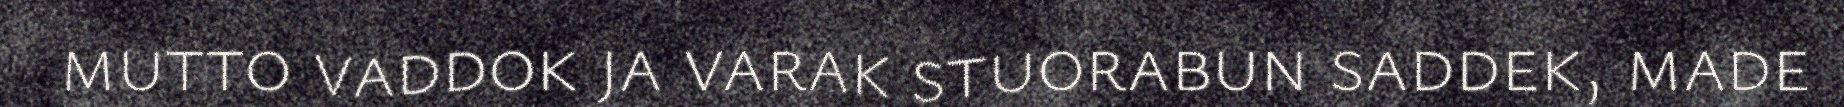
mutto vaddok ja varak stuorabun saddek, made